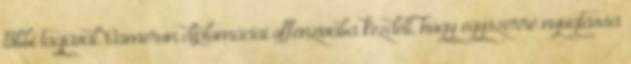
többi tagjával. Cameron diplomáciai offenzívába kezdett, hogy egyszerre nyugtassa